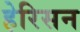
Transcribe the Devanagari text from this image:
हेरिसन